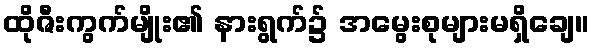
ထိုဇီးကွက်မျိုး၏ နားရွက်၌ အမွေးစုများမရှိချေ။